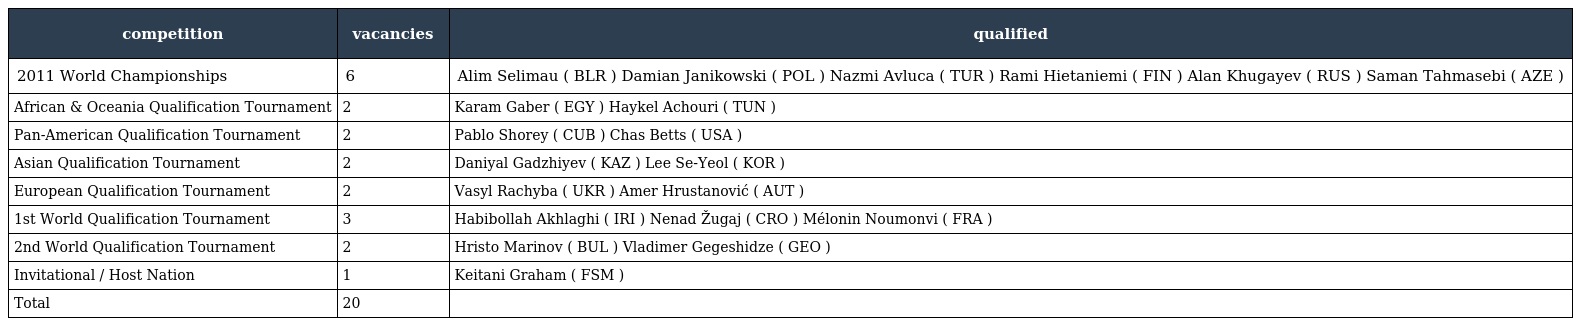
| competition | vacancies | qualified |
 | --- | --- | --- |
 | 2011 World Championships | 6 | Alim Selimau ( BLR ) Damian Janikowski ( POL ) Nazmi Avluca ( TUR ) Rami Hietaniemi ( FIN ) Alan Khugayev ( RUS ) Saman Tahmasebi ( AZE ) |
 | African & Oceania Qualification Tournament | 2 | Karam Gaber ( EGY ) Haykel Achouri ( TUN ) |
 | Pan-American Qualification Tournament | 2 | Pablo Shorey ( CUB ) Chas Betts ( USA ) |
 | Asian Qualification Tournament | 2 | Daniyal Gadzhiyev ( KAZ ) Lee Se-Yeol ( KOR ) |
 | European Qualification Tournament | 2 | Vasyl Rachyba ( UKR ) Amer Hrustanović ( AUT ) |
 | 1st World Qualification Tournament | 3 | Habibollah Akhlaghi ( IRI ) Nenad Žugaj ( CRO ) Mélonin Noumonvi ( FRA ) |
 | 2nd World Qualification Tournament | 2 | Hristo Marinov ( BUL ) Vladimer Gegeshidze ( GEO ) |
 | Invitational / Host Nation | 1 | Keitani Graham ( FSM ) |
 | Total | 20 |  |